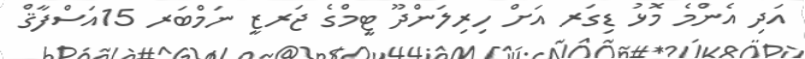
އަދި އެންމެ މޮޅު ޑިގަރ އަށް ހިރިލަންދޫ ޓީމްގެ ޖަރޒީ ނަމްބަރ 15އަސްފާޤް